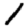
Digit: 1